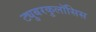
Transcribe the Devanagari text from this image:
ट्युबरकुलॉसिस